Vaccination in Bombay 1913-1923 - 1913-1923
Year: 1913
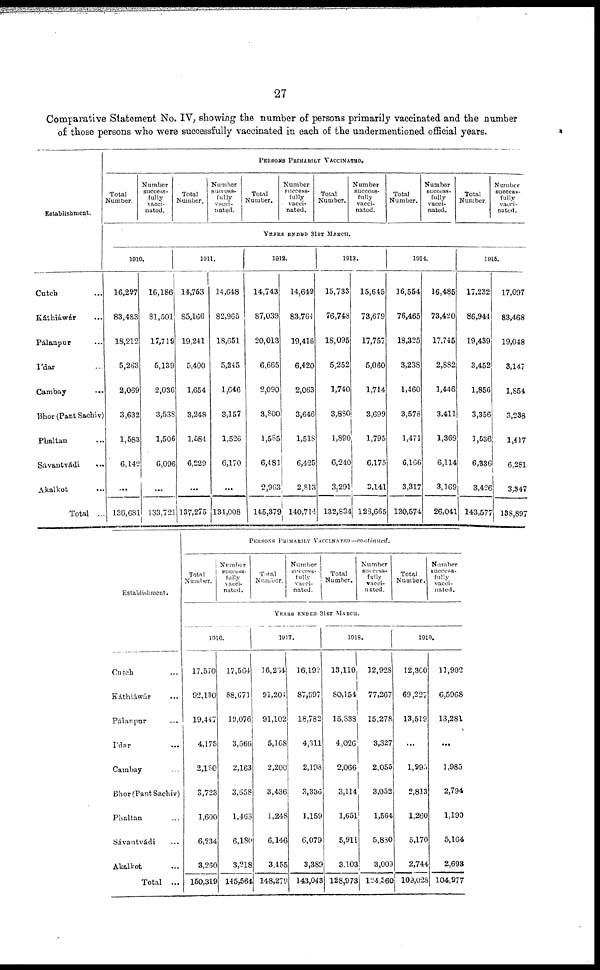
27
Comparative Statement No. IV, showing the number of persons primarily vaccinated and the number
of those persons who were successfully vaccinated in each of the undermentioned official years.
Establishment.
Cutch ...
Káthiáwár ...
Pálanpur ...
Ídar ...
Cambay ...
Bhor(Pant Sachiv)
Phaltan ...
Sávantvádi ...
Akalkot ...
Total ...
PERSONS PRIMARILY VACCINATED.
Total
Number.
Number
success-
fully
vacci-
nated.
Total
Number.
Number
success-
fully
vacci-
nated.
Total
Number.
Number
success-
fully
vacci-
nated.
Total
Number.
Number
success-
fully
vacci-
nated.
Total
Number.
Number
success-
fully
vacci-
nated.
Total
Number.
Number
success-
fully
vacci-
nated.
YEARS ENDED 31ST MARCH.
1910.
16,297
83,483
18,212
5,263
2,069
3,632
1,583
6,142
...
136,681
16,186
81,501
17,719
5,139
2,036
3,538
1,506
6,096
...
133,721
1911.
14,753
85,166
19,241
5,400
1,654
3,248
1,584
6,229
...
137,275
14,648
82,965
18,651
5,245
1,646
3,157
1,526
6,170
...
134,008
1912.
14,743
87,039
20,013
6,665
2,090
3,800
1,585
6,481
2,963
145,379
14,649
83,764
19,416
6,420
2,063
3,646
1,518
6,425
2,813
140,714
1913.
15,733
76,748
18,095
5,252
1,740
3,880
1,890
6,240
3,291
132,834
15,645
73,679
17,757
5,060
1,714
3,699
1,795
6,175
3,141
128,665
1914.
16,554
76,465
18,325
3,238
1,460
3,578
1,471
6,166
3,317
130,574
16,485
73,420
17,745
2,882
1,446
3,411
1,369
6,114
3,169
26,041
1915.
17,232
86,944
19,439
3,452
1,856
3,356
1,536
6,336
3,426
143,577
17,097
83,468
19,048
3,147
1,854
3,238
1,417
6,281
3,347
138,897
Establishment.
Cutch ...
Káthiáwár ...
Pálanpur ...
Ídar
...
Cambay ...
Bhor(Pant Sachiv)
Phaltan ...
Sávantvádi ...
Akalkot ...
Total ...
PERSONS PRIMARILY
VACCINATED—continued.
Total
Number.
Number
success-
fully
vacci-
nated.
Total
Number.
Number
success-
fully
vacci-
nated.
Total
Number.
Number
success-
fully
vacci-
nated.
Total
Number.
Number
success-
fully
vacci-
nated.
YEARS ENDED 31ST MARCH.
1916.
17,570
92,130
19,447
4,175
2,180
3,723
1,600
6,234
3,260
150,319
17,564
88,671
19,076
3,566
2,163
3,658
1,463
6,180
3,218
145,564
1917.
16,204
91,201
91,102
5,168
2,200
3,436
1,248
6,146
3,455
148,279
16,192
87,597
18,782
4,311
2,198
3,336
1,159
6,079
3,389
143,043
1918.
13,110
80,154
15,838
4,026
2,066
3,114
1,651
5,911
3,103
128,973
12,928
77,267
15,278
3,327
2,055
3,052
1,564
5,880
3,009
124,360
1919.
12,300
69,227
13,519
...
1,995
2,813
1,260
5,170
2,744
109,028
11,902
6,5968
13,281
...
1,985
2,794
1,190
5,164
2,693
104,977